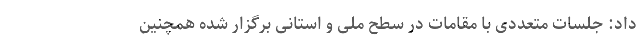
داد: جلسات متعددی با مقامات در سطح ملی و استانی برگزار شده همچنین